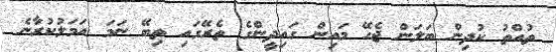
ތުއްތު ކުދިން ބަލަން ޖެހޭ މައިން ގައިދީންގެ ތެރޭގައި ތިބޭ ނަމަ އަމަލުކުރާނެ